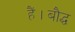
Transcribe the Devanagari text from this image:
हैं।बौद्ध